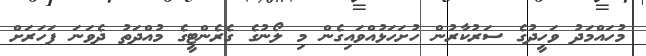
މުހައްމަދު ވަހީދުގެ ސަރުކާރުން ހުށަހަޅުއްވައިގެން މި ލޯނުގެ ގެރެންޓީގެ މުއްދަތު ދެވަނަ ފަހަރަށް